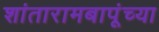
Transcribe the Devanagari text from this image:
शांतारामबापूंच्या